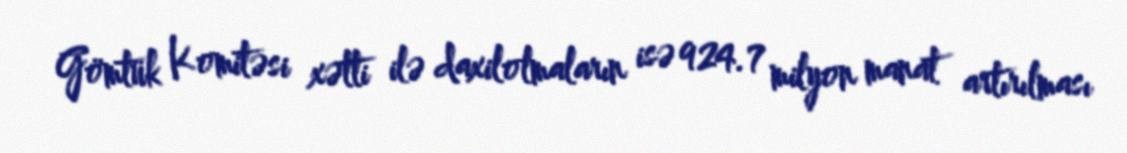
Gömtük Komitəsi xətti ilə daxilolmaların isə 924.7 milyon manat artırılması